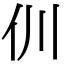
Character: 𠆯